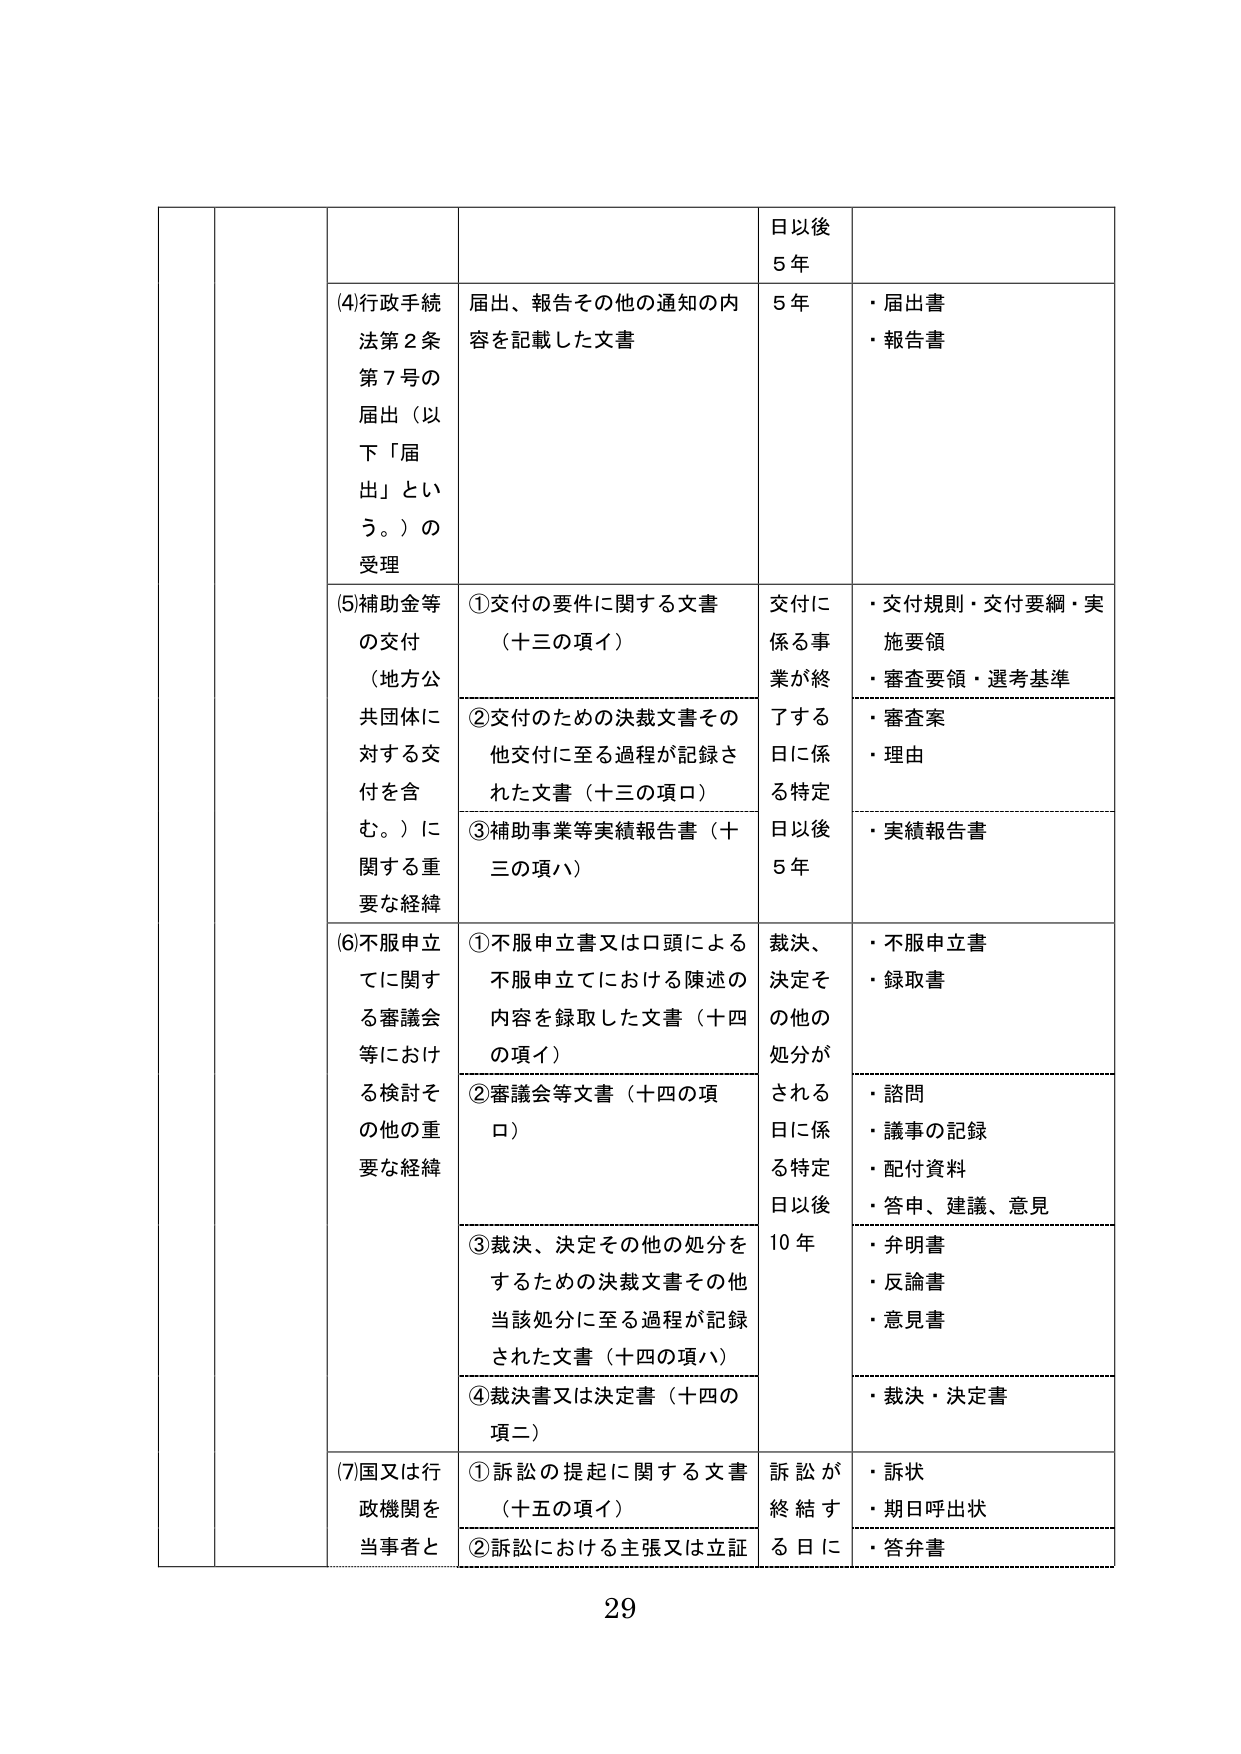
日以後
5年

(4)行政手続
法第2条
第7号の
届出（以下「届出」という。）の
受理
届出、報告その他の通知の内容を記載した文書
5年
・届出書
・報告書

(5)補助金等
の交付
（地方公共団体に対する交付を含む。）に関する重要な経緯
①交付の要件に関する文書（十三の項イ）
交付に係る事業が終了する日に係る特定日以後5年
・交付規則・交付要綱・実施要領
・審査要領・選考基準

②交付のための決裁文書その他交付に至る過程が記録された文書（十三の項ロ）
・審査案
・理由

③補助事業等実績報告書（十三の項ハ）
・実績報告書

(6)不服申立てに関する審議会等における検討その他の重要な経緯
①不服申立書又は口頭による不服申立てにおける陳述の内容を録取した文書（十四の項イ）
裁決、決定その他の処分がされる日に係る特定日以後10年
・不服申立書
・録取書

②審議会等文書（十四の項ロ）
・諮問
・議事の記録
・配付資料
・答申、建議、意見

③裁決、決定その他の処分をするための決裁文書その他当該処分に至る過程が記録された文書（十四の項ハ）
・弁明書
・反論書
・意見書

④裁決書又は決定書（十四の項ニ）
・裁決・決定書

(7)国又は行政機関を当事者と
①訴訟の提起に関する文書（十五の項イ）
訴訟が終結する日に
・訴状
・期日呼出状

②訴訟における主張又は立証
・答弁書

29